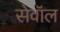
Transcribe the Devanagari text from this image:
सेवॉल